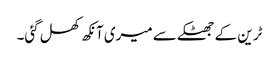
ٹرین کے جھٹکے سے میری آنکھ کھل گئی۔